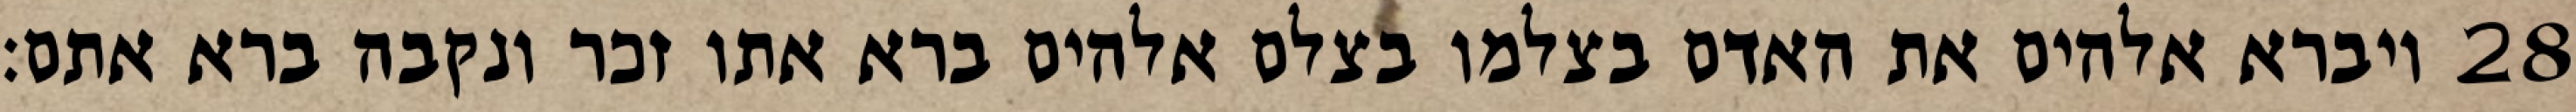
ויברא אלהים את האדם בצלמו בצלם אלהים ברא אתו זכר ונקבה ברא אתם׃ ‎28‏